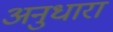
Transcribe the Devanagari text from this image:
अनुधारा